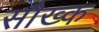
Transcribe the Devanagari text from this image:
सौख्क